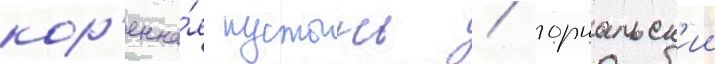
кор'енна́я пустынь / горнальск'ии